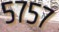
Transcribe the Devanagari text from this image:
५७५७